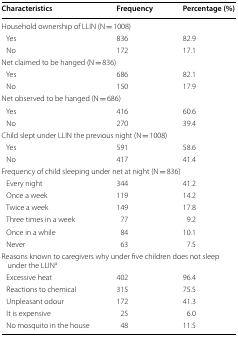
<table><thead><tr><td><b>Characteristics</b></td><td><b>Frequency</b></td><td><b>Percentage (%)</b></td></tr></thead><tbody><tr><td colspan="3">Household ownership of LLIN (N = 1008)</td></tr><tr><td> Yes</td><td>836</td><td>82.9</td></tr><tr><td> No</td><td>172</td><td>17.1</td></tr><tr><td colspan="3">Net claimed to be hanged (N = 836)</td></tr><tr><td> Yes</td><td>686</td><td>82.1</td></tr><tr><td> No</td><td>150</td><td>17.9</td></tr><tr><td colspan="3">Net observed to be hanged (N = 686)</td></tr><tr><td> Yes</td><td>416</td><td>60.6</td></tr><tr><td> No</td><td>270</td><td>39.4</td></tr><tr><td colspan="3">Child slept under LLIN the previous night (N = 1008)</td></tr><tr><td> Yes</td><td>591</td><td>58.6</td></tr><tr><td> No</td><td>417</td><td>41.4</td></tr><tr><td colspan="3">Frequency of child sleeping under net at night (N = 836)</td></tr><tr><td> Every night</td><td>344</td><td>41.2</td></tr><tr><td> Once a week</td><td>119</td><td>14.2</td></tr><tr><td> Twice a week</td><td>149</td><td>17.8</td></tr><tr><td> Three times in a week</td><td>77</td><td>9.2</td></tr><tr><td> Once in a while</td><td>84</td><td>10.1</td></tr><tr><td> Never</td><td>63</td><td>7.5</td></tr><tr><td colspan="3">Reasons known to caregivers why under five children does not sleep under the LLIN<sup>a</sup></td></tr><tr><td> Excessive heat</td><td>402</td><td>96.4</td></tr><tr><td> Reactions to chemical</td><td>315</td><td>75.5</td></tr><tr><td> Unpleasant odour</td><td>172</td><td>41.3</td></tr><tr><td> It is expensive</td><td>25</td><td>6.0</td></tr><tr><td> No mosquito in the house</td><td>48</td><td>11.5</td></tr></tbody></table>